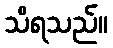
သိရသည်။